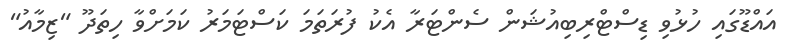
އައްޑޫގައި ހުޅުވި ޑިސްޓްރިބިއުޝަން ސެންޓަރާ އެކު ފުރަތަމަ ކަސްޓަމަރު ކަމަށްވާ ހިތަދޫ "ޒިމާއު"